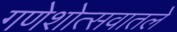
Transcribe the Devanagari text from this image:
गणेशोत्सवातले